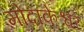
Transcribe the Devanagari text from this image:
मोदाकेश्वर